Vaccination in Bombay 1856-1862 - 1856-1862
Year: 1856
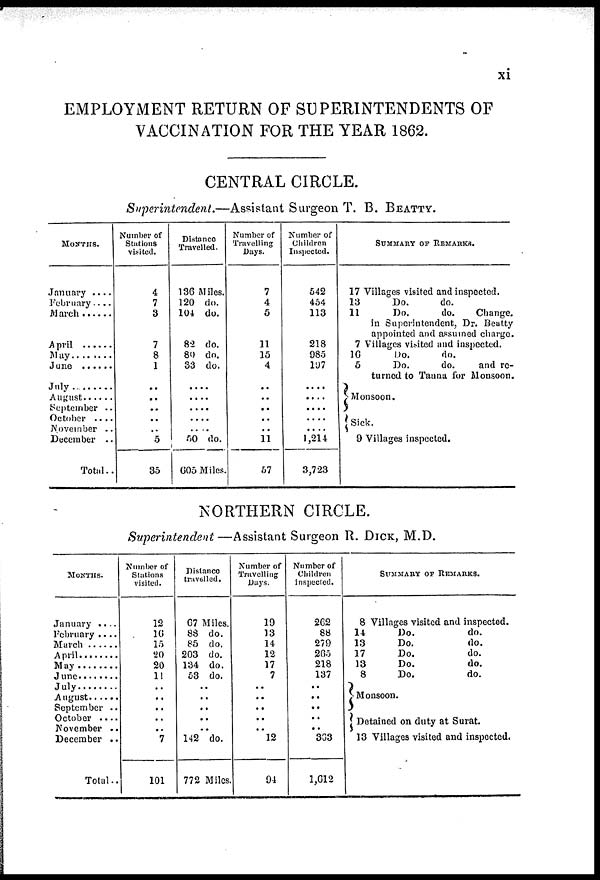
xi
EMPLOYMENT RETURN OF SUPERINTENDENTS OF
VACCINATION FOR THE YEAR 1862.
CENTRAL CIRCLE.
Superintendent.—Assistant Surgeon T. B. BEATTY.
MONTHS.
January ....
February ...
March
April ......
May .........
June .........
July ..........
August .......
September ..
October ....
November ..
December ..
Total..
Number of
Stations
visited.
4
7
3
7
8
1
..
..
..
..
..
5
35
Distance
Travelled.
136 Miles.
120 do.
104 do.
82 do.
80 do.
33 do.
....
....
....
....
....
50 do.
605 Miles.
Number of
Travelling
Days.
7
4
5
11
15
4
..
..
..
..
..
11
57
Number of
Children
Inspected.
542
454
113
218
085
197
....
....
....
....
....
1,214
3,723
SUMMARY OF REMARKS.
17 Villages visited and inspected.
13
Do.
do.
11
Do.
do.
Change.
in Superintendent, Dr. Beatty
appointed and assumed charge.
7 Villages visited and inspected.
16
Do.
do.
5
Do.
do.
and re-
turned to Tauna for Monsoon.
Monsoon.
Sick.
9 Villages inspected.
NORTHERN CIRCLE.
Superintendent—Assistant
Surgeon R. DICK, M.D.
MONTHS.
January ....
February ....
March .....
April ........
May .....
June .....
July
August .......
September ..
October ....
November ..
December ..
Total..
Number of
Stations
visited.
12
16
15
20
20
11
..
..
..
..
..
7
101
Distance
travelled.
67 Miles.
88 do.
85 do.
203 do.
134 do.
53 do.
..
..
..
..
..
142 do.
772 Miles.
Number of
Travelling
Days.
19
13
14
12
17
7
..
..
..
..
..
12
94
Number of
Children
inspected.
262
88
279
865
218
137
..
..
..
..
..
303
1,612
SUMMARY OF REMARKS.
8 Villages visited and inspected.
14
Do.
do.
13
Do.
do.
17
Do.
do.
13
Do.
do.
8
Do.
do.
Monsoon.
Detained on duty at Surat.
13 Villages visited and inspected.